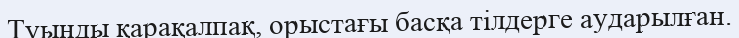
Туынды қарақалпақ, орыстағы басқа тілдерге аударылған.